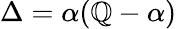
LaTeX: \Delta=\alpha(\mathbb{Q}-\alpha)